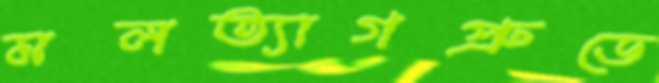
মলত্যাগপ্রুডে